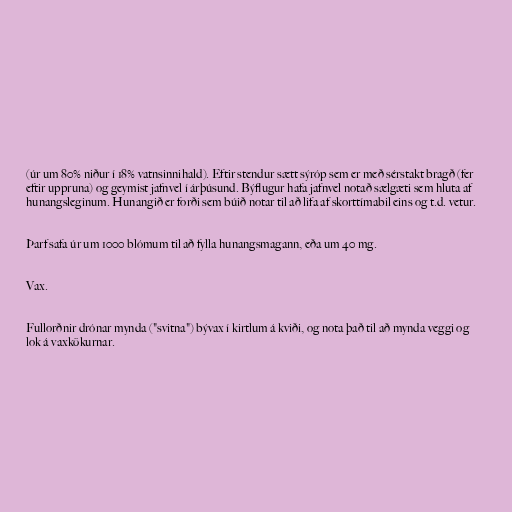
(úr um 80% niður í 18% vatnsinnihald). Eftir stendur sætt sýróp sem er með sérstakt bragð (fer
eftir uppruna) og geymist jafnvel í árþúsund. Býflugur hafa jafnvel notað sælgæti sem hluta af
hunangsleginum. Hunangið er forði sem búið notar til að lifa af skorttímabil eins og t.d. vetur.

Þarf safa úr um 1000 blómum til að fylla hunangsmagann, eða um 40 mg.

Vax.

Fullorðnir drónar mynda ("svitna") bývax í kirtlum á kviði, og nota það til að mynda veggi og
lok á vaxkökurnar.